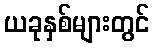
ယခုနှစ်များတွင်